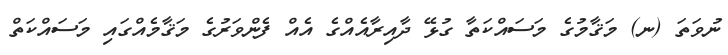
ނުވަތަ (ނ) މަޤާމުގެ މަސައްކަތާ ގުޅޭ ދާއިރާއެއްގެ އެއް ފެންވަރުގެ މަޤާމެއްގައި މަސައްކަތް